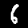
Digit: 6